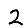
Digit: 2